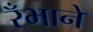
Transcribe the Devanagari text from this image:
रँभाने